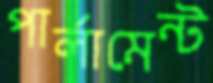
পার্লামেন্ট